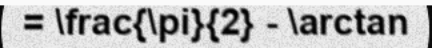
= \frac{\pi}{2} - \arctan